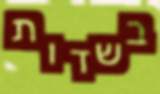
בשדות